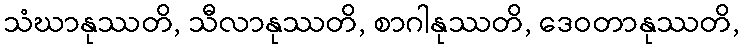
သံဃာနုဿတိ, သီလာနုဿတိ, စာဂါနုဿတိ, ဒေဝတာနုဿတိ,